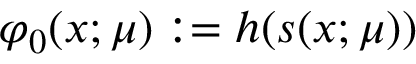
\varphi _ { 0 } ( x ; \mu ) : = h ( s ( x ; \mu ) )